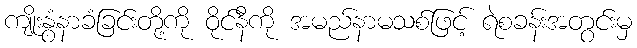
ကျိုးနွံနာခံခြင်းတို့ကို ဝိုင်နီကို အမည်နာမသစ်ဖြင့် ရဲစခန်းအတွင်းမှ